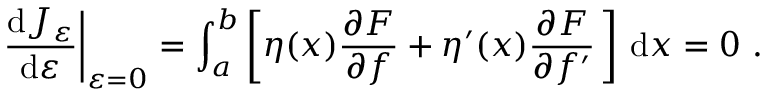
{ \frac { \mathrm { d } J _ { \varepsilon } } { \mathrm { d } \varepsilon } } { \bigg | } _ { \varepsilon = 0 } = \int _ { a } ^ { b } \left[ \eta ( x ) { \frac { \partial F } { \partial f } } + \eta ^ { \prime } ( x ) { \frac { \partial F } { \partial f ^ { \prime } } } \, \right] \, \mathrm { d } x = 0 \ .